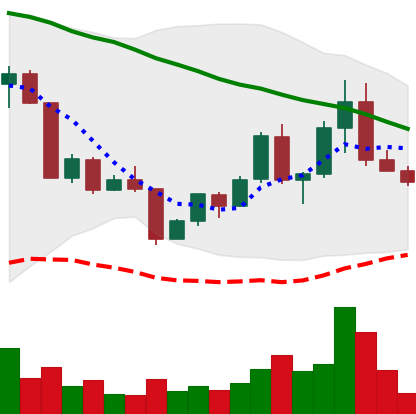
Ticker: EOS-USD
Chart end date: 2022-04-23
Forward return: -3.886%
Label: down_3_5